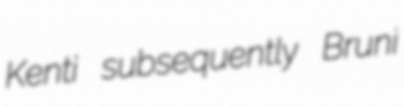
Kenti subsequently Bruni